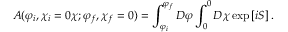
A ( \varphi _ { i } , \chi _ { i } = 0 \chi ; \varphi _ { f } , \chi _ { f } = 0 ) = \int _ { \varphi _ { i } } ^ { \varphi _ { f } } D \varphi \int _ { 0 } ^ { 0 } D \chi \exp \left[ i S \right] .